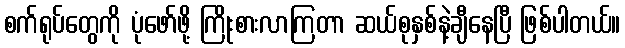
စက်ရုပ်တွေကို ပုံဖော်ဖို့ ကြိုးစားလာကြတာ ဆယ်စုနှစ်နဲ့ချီနေပြီ ဖြစ်ပါတယ်။